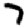
Digit: 7